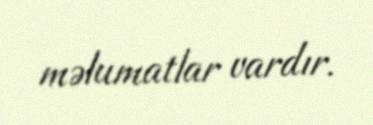
məlumatlar vardır.